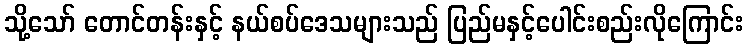
သို့သော် တောင်တန်းနှင့် နယ်စပ်ဒေသများသည် ပြည်မနှင့်ပေါင်းစည်းလိုကြောင်း